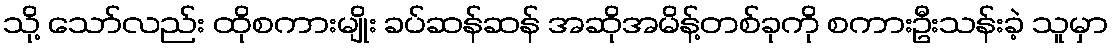
သို့ သော်လည်း ထိုစကားမျိုး ခပ်ဆန်ဆန် အဆိုအမိန့်တစ်ခုကို စကားဦးသန်းခဲ့ သူမှာ